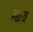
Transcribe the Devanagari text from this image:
बळच